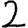
Digit: 2